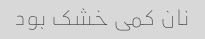
نان کمی خشک بود